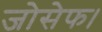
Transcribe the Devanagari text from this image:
जोसेफ।